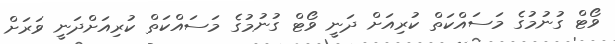
ވޯޓް ގުނުމުގެ މަސައްކަތް ކުރިއަށް ދަނީ ވޯޓް ގުނުމުގެ މަސައްކަތް ކުރިއަށްދަނީ ވަރަށް